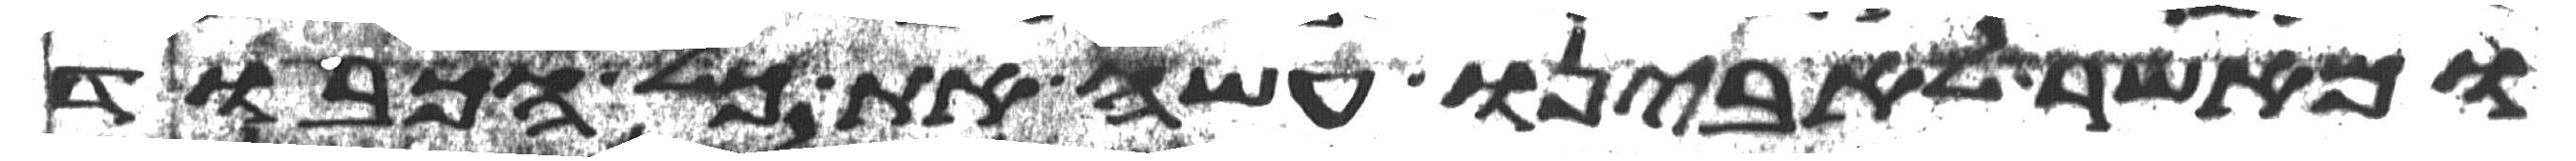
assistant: ומאשר לאבינו עשה את כל הכבוד